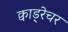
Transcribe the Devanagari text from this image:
क्वाड्रेचर